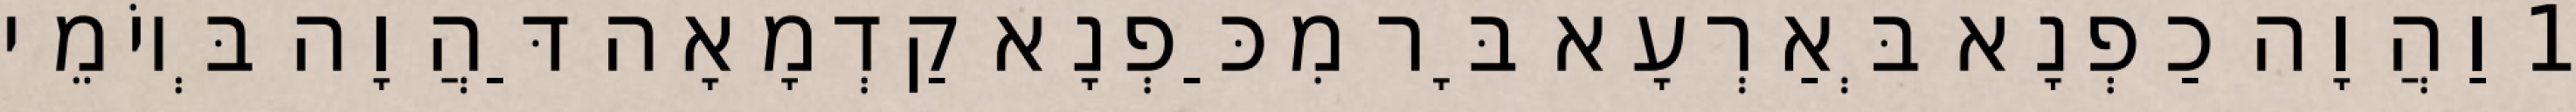
1 וַהֲוָה כַפְנָא בְּאַרְעָא בָּר מִכַּפְנָא קַדְמָאָה דַּהֲוָה בְּיוֹמֵי